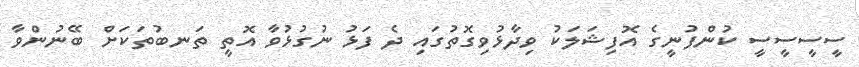
ސީސީސީސީ ކުންފުނީގެ އޮފިޝަލަކު ވިދާޅުވިގޮތުގައި ދެ ފަޅު ނުގުޅުވާ އޮތީ ތަނބުތަކަށް ބޭނުންވާ